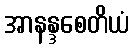
အာနန္ဒစေတိယံ